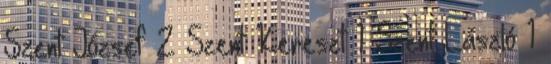
Szent József 2 Szent Kereszt 1 Szent László 1